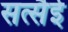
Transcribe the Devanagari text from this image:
सत्सैई